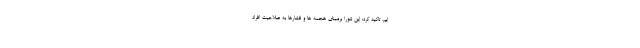
ایم، تاکید کرد: این شورا برمبنای هجمه ها و فشارها به صلاحیت افراد